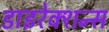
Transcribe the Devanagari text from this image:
डाइरेक्शन्स